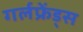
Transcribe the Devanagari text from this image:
गर्लफ्रेंड्स